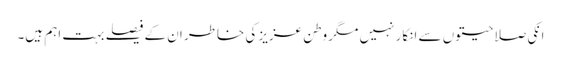
انکی صلاحیتوں سے انکار نہیں مگر وطن عزیز کی خاطر ان کے فیصلے بہت اہم ہیں۔